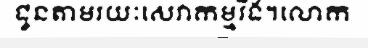
ជូនតាមរយៈសេវាកម្មវីង។លោក